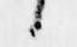
候